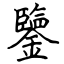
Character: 鑒